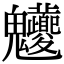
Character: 𩵉